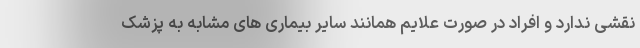
نقشی ندارد و افراد در صورت علایم همانند سایر بیماری های مشابه به پزشک